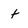
Character: t